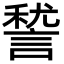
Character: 諬